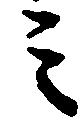
ミ